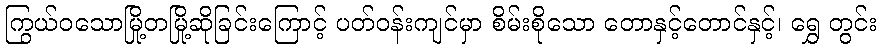
ကြွယ်ဝသောမြို့တမြို့ဆိုခြင်းကြောင့် ပတ်ဝန်းကျင်မှာ စိမ်းစိုသော တောနှင့်တောင်နှင့်၊ ရွှေ တွင်း